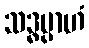
သဒ္ဓမ္ပာဟံ